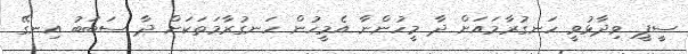
ސީޕީ ވިދާޅުވީ ހަނގުރާމައަށް ދާ މީހުންނާ އެމީހުން ހަނގުރާމަތަކަށް ދާ ސަބަބު އިނގޭ